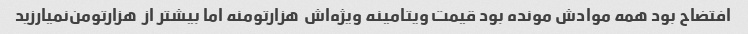
افتضاح بود همه موادش مونده بود قیمت ویتامینه ویژه‌اش  هزارتومنه اما بیشتر از  هزارتومن‌نمیارزید